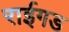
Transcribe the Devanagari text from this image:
राईगड